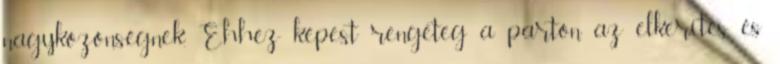
nagyközönségnek. Ehhez képest rengeteg a parton az elkerítés és